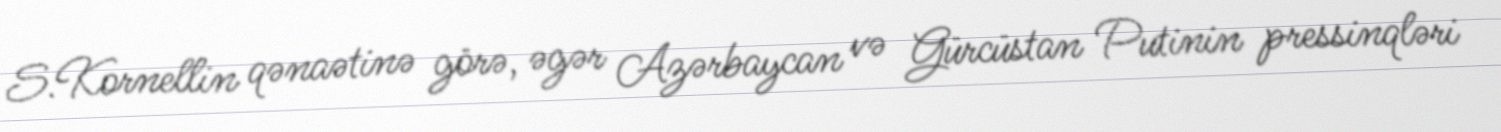
S.Kornellin qənaətinə görə, əgər Azərbaycan və Gürcüstan Putinin pressinqləri